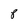
Character: 8